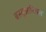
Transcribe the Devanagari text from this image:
बस्तुआरिअस